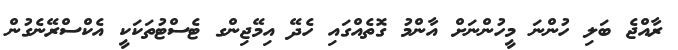
ރާއްޖެ ބަލި ހުންނަ މީހުންނަށް އާންމު ގޮތެއްގައި ހެދޭ އިމޭޖިންގ ޓެސްޓުތަކަކީ އެކްސްރޭނެގުން